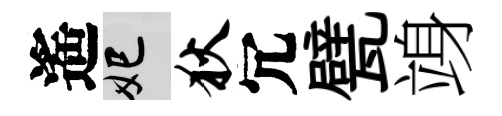
遙妃狄冗甓竧